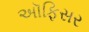
અૉફિસર